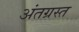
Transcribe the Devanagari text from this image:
अंतग्रस्त